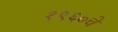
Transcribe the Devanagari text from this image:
१९६०चे